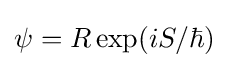
\psi =R\exp(iS/\hbar )